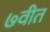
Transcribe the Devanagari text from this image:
७वीत